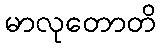
မာလုတောတိ